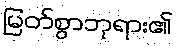
မြတ်စွာဘုရား၏